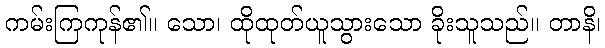
ကမ်းကြကုန်၏။ သော၊ ထိုထုတ်ယူသွားသော ခိုးသူသည်။ တာနိ၊